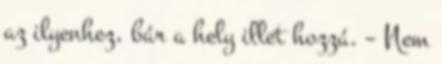
az ilyenhez, bár a hely illet hozzá. – Nem